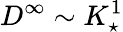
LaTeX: D^{\infty}\sim K_{\star}^{1}